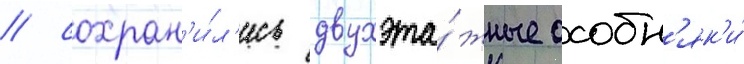
/ сохран'и́л'ись двухэта́жные особн'як'и́